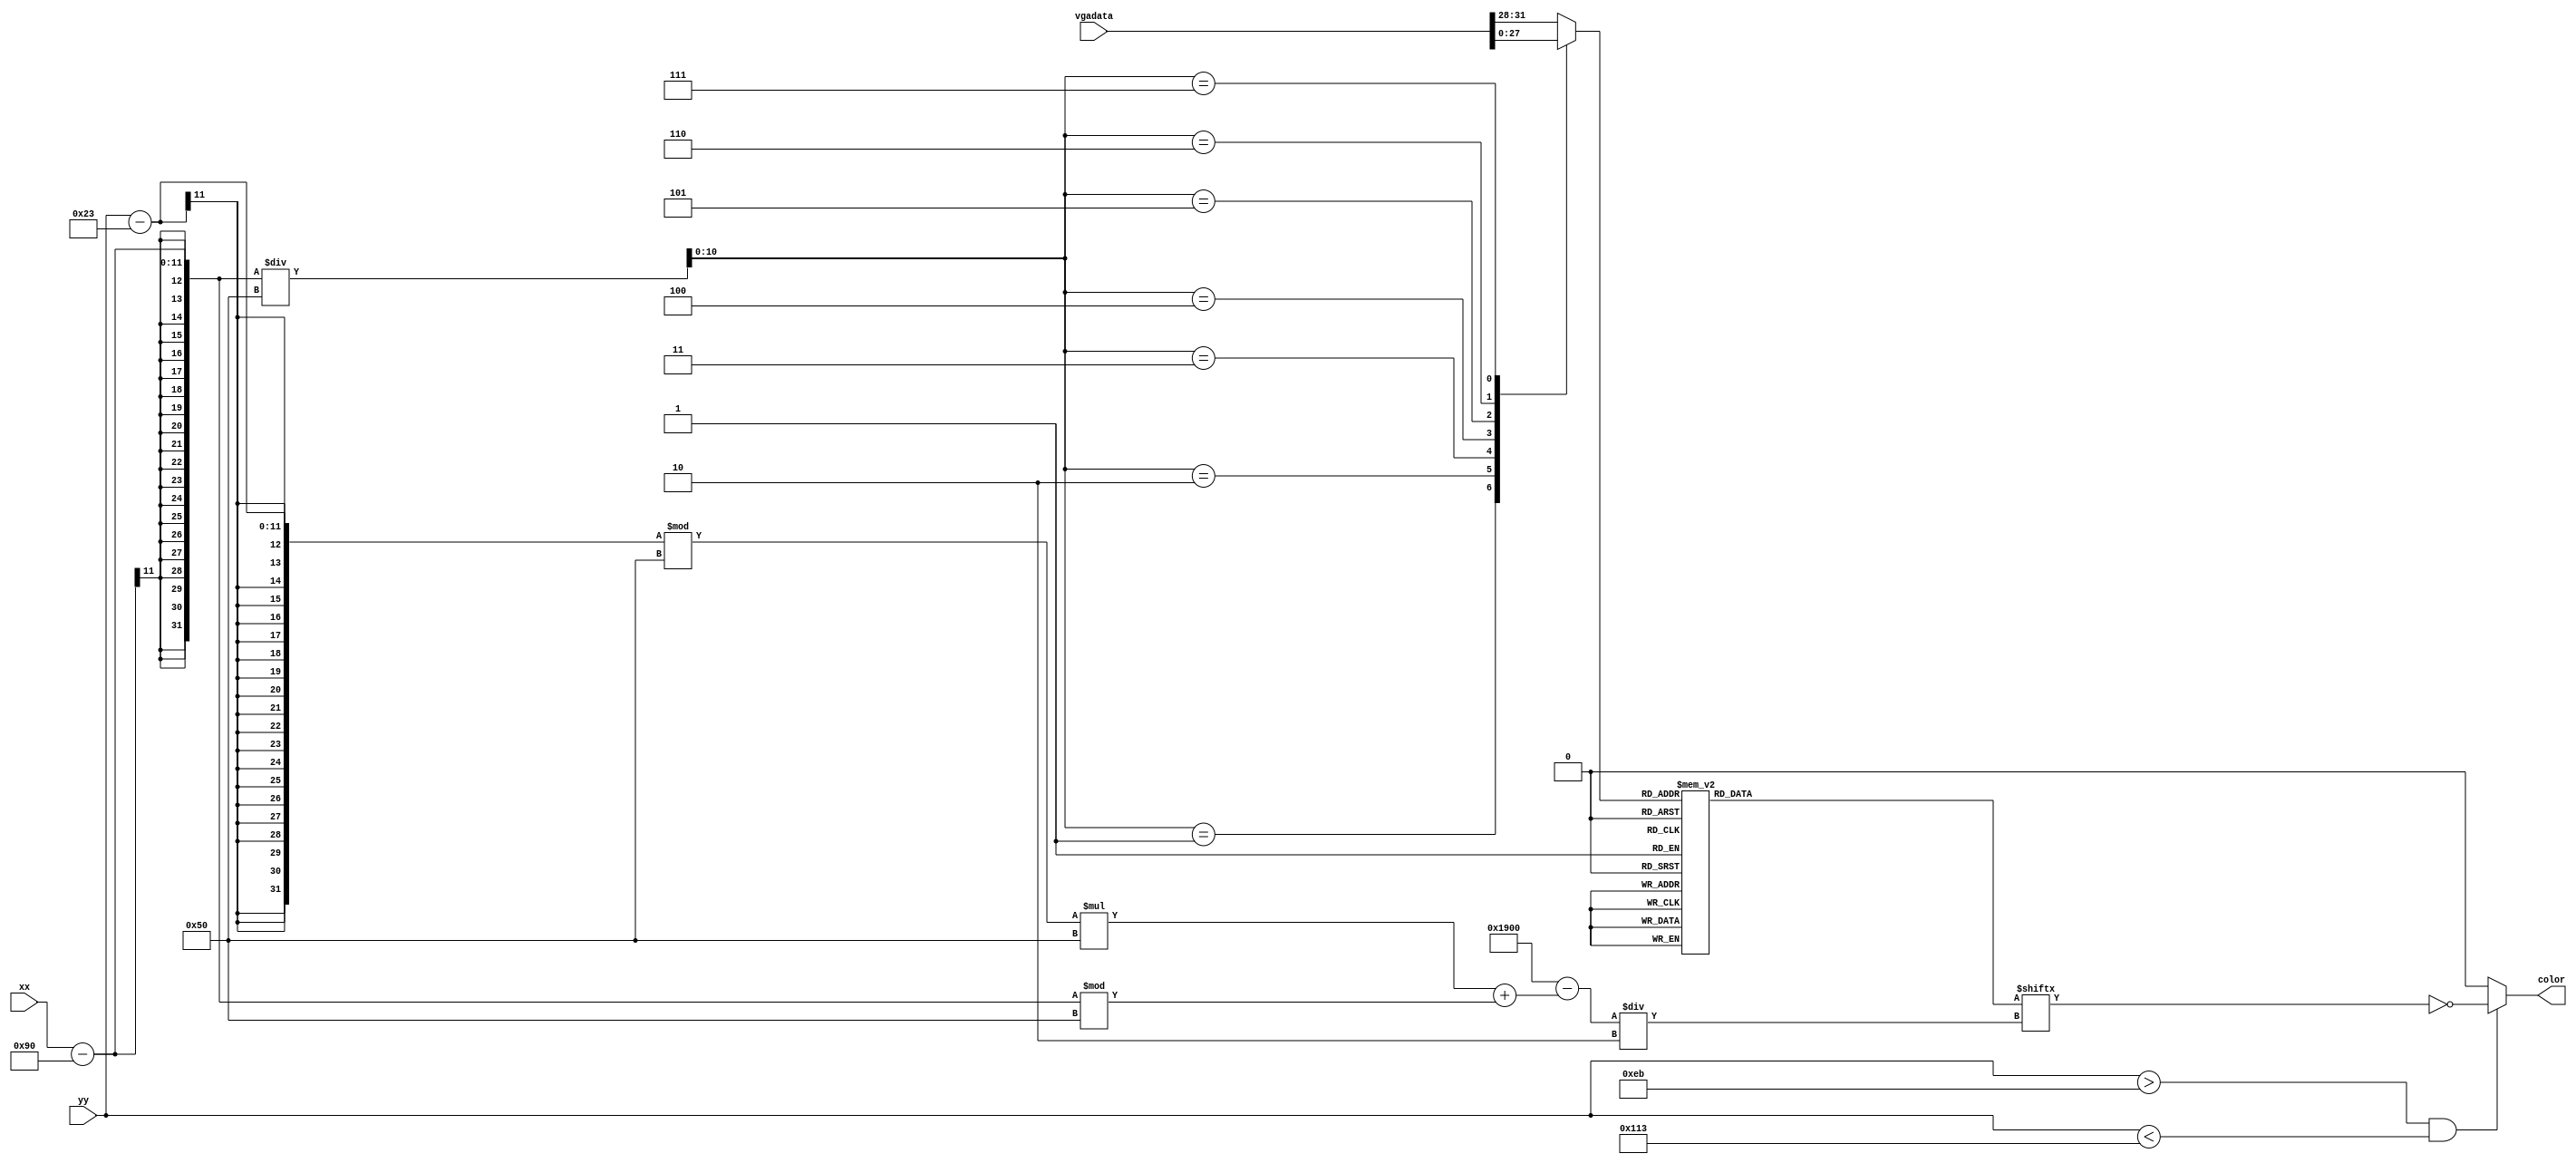
`timescale 1ns / 1ps
//////////////////////////////////////////////////////////////////////////////////
// Company: 
// Engineer: 
// 
// Design Name: 
// Module Name: number_control
// Project Name: 
// Target Devices: 
// Tool Versions: 
// Description: 
// 
// Dependencies: 
// 
// Revision:
// Revision 0.01 - File Created
// Additional Comments:
// 
//////////////////////////////////////////////////////////////////////////////////


module number_control(
input [10:0] xx,
input [10:0] yy,
input [31:0] vgadata,
output reg color
    );
    
    reg [3:0] nndd;
    wire [10:0] num=(xx-144)/80;

    
    reg [1599:0] color_data [0:15];
    initial
        color_data[0]=1600'b1111111111111111111111111111111111111111111111111111111110000000000011111111111111111111111111100000000000000011111111111111111111111100000000000000000111111111111111111111100000000000000000001111111111111111111100000000001000000000011111111111111111110000000111111100000001111111111111111110000000111111111000000011111111111111111000000111111111110000001111111111111111000000111111111111100000011111111111111100000011111111111110000001111111111111110000011111111111111000000111111111111110000001111111111111110000011111111111111000000111111111111111000000111111111111100000011111111111111100000011111111111110000001111111111111110000001111111111111000001111111111111111000000111111111111100000111111111111111100000011111111111110000011111111111111110000001111111111111000001111111111111111100000111111111111100000111111111111111110000011111111111110000011111111111111111000001111111111111000001111111111111111000000111111111111100000111111111111111100000011111111111110000011111111111111110000001111111111111000000111111111111111000000111111111111100000011111111111111100000011111111111110000001111111111111110000001111111111111000000111111111111111000000111111111111100000011111111111111000000111111111111111000000111111111111100000011111111111111100000011111111111110000001111111111111110000000111111111110000001111111111111111100000011111111110000000111111111111111110000000111111110000000111111111111111111100000000111100000000011111111111111111111000000000000000000011111111111111111111110000000000000000011111111111111111111111100000000000000011111111111111111111111111100000000000111111111111;
    initial   
        color_data[1]=1600'b1111111111111111111111111111111111111111111111111111111111111111111110000111111111111111111111111111111111110000011111111111111111111111111111111111000001111111111111111111111111111111111100000111111111111111111111111111111111100000011111111111111111111111111111111100000001111111111111111111111111111111000000000111111111111111111111111111000000000000011111111111111111111111110000000000000001111111111111111111111111000000000000000111111111111111111111111100000000000000011111111111111111111111110000000000000001111111111111111111111111111111111100000111111111111111111111111111111111110000011111111111111111111111111111111111000001111111111111111111111111111111111100000111111111111111111111111111111111110000011111111111111111111111111111111111000001111111111111111111111111111111111100000111111111111111111111111111111111110000011111111111111111111111111111111111000001111111111111111111111111111111111100000111111111111111111111111111111111110000011111111111111111111111111111111111000001111111111111111111111111111111111100000111111111111111111111111111111111110000011111111111111111111111111111111111000001111111111111111111111111111111111100000111111111111111111111111111111111110000011111111111111111111111111111111111000001111111111111111111111111111111111100000111111111111111111111111111111111110000011111111111111111111111111111111111000001111111111111111111111111111111111100000111111111111111111111111111111111110000011111111111111111111111111111111111000001111111111111111111111111111111111100000111111111111111111111111111111111110000011111111111111111111111111111111111000001111111;
    initial
        color_data[3]=1600'b1111111111111111111111111111111111111111111111111111111110000000000001111111111111111111111111000000000000000001111111111111111111111000000000000000000011111111111111111111000000000000000000000111111111111111111000000000011000000000011111111111111111100000001111111110000000111111111111111100000001111111111100000011111111111111110000001111111111110000001111111111111111000000111111111111100000111111111111111100000111111111111110000011111111111111110000011111111111111000001111111111111111000001111111111111100000111111111111111111111111111111111100000011111111111111111111111111111111110000001111111111111111111111111111111110000001111111111111111111111111111110000000000111111111111111111111111110000000000000111111111111111111111111111000000000000111111111111111111111111111100000000000000111111111111111111111111110000000000000001111111111111111111111111111111000000000011111111111111111111111111111111100000001111111111111111111111111111111111000000011111111111111111111111111111111110000001111111111111111111111111111111111000000111111111111111111111111111111111100000011111111111110000011111111111111110000001111111111111000001111111111111111100000111111111111100000111111111111111100000011111111111110000001111111111111110000001111111111111000000111111111111111000000111111111111100000011111111111111000000011111111111110000000111111111111000000011111111111111100000001111111111000000001111111111111110000000000111110000000001111111111111111100000000000000000000001111111111111111111000000000000000000001111111111111111111110000000000000000001111111111111111111111110000000000000011111111111;    
    initial
        color_data[2]=1600'b1111111111111111111111111111111111111111111111111111111110000000000011111111111111111111111111100000000000000001111111111111111111111100000000000000000011111111111111111111100000000000000000000111111111111111111100000000000000000000001111111111111111110000000000110000000000011111111111111110000000011111111000000001111111111111111000000111111111111000000011111111111111000000011111111111100000001111111111111100000011111111111111000000011111111111110000001111111111111100000001111111111111000000111111111111110000000111111111111100000011111111111111000000011111111111110000011111111111111100000001111111111111000001111111111111110000000111111111111111111111111111111111000000111111111111111111111111111111111000000011111111111111111111111111111111000000001111111111111111111111111111111000000001111111111111111111111111111111000000001111111111111111111111111111110000000001111111111111111111111111111100000000001111111111111111111111111111000000000001111111111111111111111111111000000000011111111111111111111111111110000000000011111111111111111111111111100000000000111111111111111111111111111100000000001111111111111111111111111111100000000011111111111111111111111111111100000000111111111111111111111111111111110000000111111111111111111111111111111110000000111111111111111111111111111111110000000111111111111111111111111111111111000000111111111111111111111111111111111100000111111111111111111111111111111111100000011111111111111111111111111111111110000000000000000000000000001111111111111000000000000000000000000000111111111111100000000000000000000000000011111111111110000000000000000000000000001111;
    initial
        color_data[4]=1600'b1111111111111111111111111111111111111111111111111111111111111111100000111111111111111111111111111111111100000011111111111111111111111111111111100000001111111111111111111111111111111110000000111111111111111111111111111111110000000011111111111111111111111111111110000000001111111111111111111111111111110000000000111111111111111111111111111111000000000011111111111111111111111111111000000000001111111111111111111111111111000000100000111111111111111111111111111000000110000011111111111111111111111111100000011000001111111111111111111111111100000011100000111111111111111111111111100000011110000011111111111111111111111100000001111000001111111111111111111111110000001111100000111111111111111111111110000001111110000011111111111111111111110000001111111000001111111111111111111110000000111111100000111111111111111111111000000111111110000011111111111111111111000000111111111000001111111111111111111000000011111111100000111111111111111111100000011111111110000011111111111111111100000011111111111000001111111111111111100000011111111111100000111111111111111110000001111111111110000011111111111111111000000000000000000000000000001111111111100000000000000000000000000000111111111110000000000000000000000000000011111111111000000000000000000000000000001111111111111111111111111111100000111111111111111111111111111111111110000011111111111111111111111111111111111000001111111111111111111111111111111111100000111111111111111111111111111111111110000011111111111111111111111111111111111000001111111111111111111111111111111111100000111111111111111111111111111111111110000011111111111111111111111111111111111000001111111111;
    initial
        color_data[5]=1600'b1111111111111111111111111111111111111111111111111111100000000000000000000001111111111111111110000000000000000000000111111111111111111000000000000000000000011111111111111111100000000000000000000001111111111111111110000000000000000000000111111111111111110000001111111111111111111111111111111111000000111111111111111111111111111111111100000111111111111111111111111111111111110000011111111111111111111111111111111111000001111111111111111111111111111111111100000111111111111111111111111111111111110000011111111111111111111111111111111111000001111111111111111111111111111111111000000110000000001111111111111111111111100000100000000000001111111111111111111110000000000000000000001111111111111111111000000000000000000000011111111111111111100000000000000000000000111111111111111110000000000010000000000001111111111111111000000011111111100000000011111111111111000000011111111111000000001111111111111100000011111111111110000000111111111111111111111111111111111100000001111111111111111111111111111111110000000111111111111111111111111111111111000000011111111111111111111111111111111100000001111111111111111111111111111111111000000111111111111111111111111111111111000000011111111111111111111111111111111100000001111111111110000001111111111111110000000111111111111000000111111111111111000000011111111111100000011111111111111000000011111111111110000000111111111111100000001111111111111100000001111111111100000001111111111111110000000011111111100000000111111111111111100000000001111000000000111111111111111111000000000000000000000111111111111111111110000000000000000000111111111111111111111100000000000000000111111111;    
    initial
        color_data[6]=1600'b1111111111111111111100000000001111111111111111111111111111000000000000001111111111111111111111110000000000000000011111111111111111111110000000000000000000111111111111111111110000000000110000000001111111111111111111000000011111110000000111111111111111111000000011111111110000001111111111111111100000011111111111000000111111111111111100000011111111111110000011111111111111110000001111111111111000001111111111111111000001111111111111100000011111111111111000000111111111111111111111111111111111100000011111111111111111111111111111111110000001111111111111111111111111111111111000000111111111111111111111111111111111100000111000000000001111111111111111111110000011000000000000001111111111111111111000000000000000000000011111111111111111100000000000000000000000111111111111111110000000000001100000000001111111111111111000000000111111110000000011111111111111100000001111111111110000001111111111111110000000111111111111000000011111111111111000000111111111111110000001111111111111100000011111111111111000000111111111111110000001111111111111100000011111111111111000000111111111111110000001111111111111100000011111111111111100000111111111111110000001111111111111100000011111111111111100000111111111111110000001111111111111110000011111111111111000000111111111111111000000111111111111100000111111111111111100000011111111111100000011111111111111111000000111111111100000001111111111111111100000000111111100000001111111111111111111000000000000000000001111111111111111111110000000000000000000111111111111111111111100000000000000001111111111111111111111111100000000000001111111111111111111111111111100000000111111111111;
    initial
        color_data[7]=1600'b1111111111111111111111111111111111111111111111111000000000000000000000000000011111111111100000000000000000000000000001111111111110000000000000000000000000000111111111111000000000000000000000000000011111111111100000000000000000000000000001111111111111111111111111111111110000000111111111111111111111111111111111000000111111111111111111111111111111111000000111111111111111111111111111111111000000111111111111111111111111111111111000000011111111111111111111111111111111100000011111111111111111111111111111111100000011111111111111111111111111111111100000001111111111111111111111111111111110000001111111111111111111111111111111110000001111111111111111111111111111111110000000111111111111111111111111111111111000000111111111111111111111111111111111000000011111111111111111111111111111111100000011111111111111111111111111111111100000001111111111111111111111111111111110000001111111111111111111111111111111110000000111111111111111111111111111111111000000111111111111111111111111111111111000000011111111111111111111111111111111100000011111111111111111111111111111111100000001111111111111111111111111111111110000001111111111111111111111111111111111000000111111111111111111111111111111111000000011111111111111111111111111111111100000011111111111111111111111111111111110000001111111111111111111111111111111110000000111111111111111111111111111111111000000111111111111111111111111111111111100000011111111111111111111111111111111110000001111111111111111111111111111111110000000111111111111111111111111111111111000000111111111111111111111111111111111100000011111111111111111111111111111111110000001111111111111111111;
    initial
        color_data[8]=1600'b1111111111111111111111111111111111111111111111111111111110000000000001111111111111111111111111100000000000000001111111111111111111111100000000000000000011111111111111111111100000000000000000000111111111111111111110000000001100000000001111111111111111110000000111111110000000111111111111111111000000111111111110000001111111111111111100000011111111111000000111111111111111110000011111111111110000011111111111111111000001111111111111000001111111111111111100000111111111111100000111111111111111110000011111111111110000011111111111111111000000111111111110000001111111111111111100000011111111111000000111111111111111110000000111111111000000111111111111111111100000000011100000000011111111111111111111000000000000000000011111111111111111111110000000000000000011111111111111111111111000000000000000001111111111111111111111000000000000000000011111111111111111110000000000000000000000111111111111111111000000000011000000000001111111111111111000000011111111110000000111111111111111000000011111111111100000001111111111111100000011111111111111000000111111111111110000001111111111111100000011111111111111000000111111111111111000001111111111111100000111111111111111100000111111111111110000001111111111111110000011111111111111000000111111111111111000001111111111111100000011111111111111000000111111111111110000001111111111111100000011111111111111000000011111111111100000001111111111111110000000111111111100000001111111111111111000000000011111000000000111111111111111110000000000000000000000111111111111111111100000000000000000000111111111111111111111100000000000000000111111111111111111111111100000000000001111111111;
     initial
        color_data[9]=1600'b1111111111111111111111111111111111111111111111111111111111000000000001111111111111111111111111100000000000000001111111111111111111111100000000000000000011111111111111111111100000000000000000000111111111111111111110000000000100000000001111111111111111110000000111111111000000011111111111111111000000111111111110000001111111111111111000000111111111111100000011111111111111100000011111111111110000001111111111111110000001111111111111000000111111111111111000001111111111111100000001111111111111100000111111111111111000000111111111111110000011111111111111100000011111111111111000001111111111111100000001111111111111100000111111111111110000000111111111111110000001111111111111000000011111111111111000000111111111111100000001111111111111100000011111111111110000000111111111111110000000111111111110000000011111111111111100000001111111110000000001111111111111110000000001111100000000000111111111111111100000000000000000000000011111111111111111000000000000000000000001111111111111111110000000000000001000000111111111111111111110000000000011100000011111111111111111111111111111111110000001111111111111111111111111111111111000000111111111111111111111111111111111000000111111111111111000001111111111111100000011111111111111100000011111111111110000001111111111111110000001111111111110000000111111111111111000000111111111110000000111111111111111110000001111111111000000011111111111111111000000011111110000000011111111111111111100000000011110000000011111111111111111111000000000000000000001111111111111111111110000000000000000001111111111111111111111100000000000000011111111111111111111111111100000000000111111111111;        
     initial
        color_data[10]=1600'b1111111111111111111111111111111111111111111111111111111110000000011111111111111111111111111111111000000001111111111111111111111111111111100000000111111111111111111111111111111100000000001111111111111111111111111111110000000000111111111111111111111111111110000000000001111111111111111111111111111000000000000111111111111111111111111111100000000000011111111111111111111111111100000010000000111111111111111111111111110000001000000011111111111111111111111111000001110000001111111111111111111111111000000111000000011111111111111111111111100000011100000001111111111111111111111100000011111000000111111111111111111111110000001111100000001111111111111111111111000000111110000000111111111111111111111000000111111100000001111111111111111111100000011111110000000111111111111111111110000001111111000000011111111111111111110000001111111110000000111111111111111111000000111111111000000011111111111111111000000011111111100000001111111111111111100000011111111111000000011111111111111110000001111111111100000001111111111111110000000000000000000000000111111111111111000000000000000000000000001111111111111100000000000000000000000000111111111111100000000000000000000000000011111111111110000000000000000000000000000111111111110000000111111111111111000000011111111111000000111111111111111110000000111111111100000011111111111111111000000011111111100000001111111111111111100000001111111110000001111111111111111111000000011111110000000111111111111111111100000001111111000000011111111111111111111000000111111100000011111111111111111111100000001111100000001111111111111111111110000000111110000001111111111111111111111100000011;       
     initial
        color_data[11]=1600'b1111111110000000000000000000000001111111111111111000000000000000000000000001111111111111100000000000000000000000000011111111111110000000000000000000000000000111111111111000000111111111111000000000011111111111100000011111111111111100000000111111111110000001111111111111111000000011111111111000000111111111111111110000001111111111100000011111111111111111000000111111111110000001111111111111111110000011111111111000000111111111111111111000001111111111100000011111111111111111000000111111111110000001111111111111111100000011111111111000000111111111111111110000001111111111100000011111111111111110000000111111111110000001111111111111110000000111111111111000000111111111110000000000111111111111100000000000000000000000000011111111111110000000000000000000000000111111111111111000000000000000000000000000111111111111100000000000000000000000000000111111111110000000000000000000000000000001111111111000000111111111111000000000000011111111100000011111111111111110000000001111111110000001111111111111111110000000111111111000000111111111111111111100000011111111100000011111111111111111110000001111111110000001111111111111111111000000111111111000000111111111111111111110000011111111100000011111111111111111111000001111111110000001111111111111111111000000111111111000000111111111111111111100000011111111100000011111111111111111110000001111111110000001111111111111111110000000111111111000000111111111111111110000000011111111100000011111111111110000000000001111111110000000000000000000000000000001111111111000000000000000000000000000001111111111100000000000000000000000000001111111111110000000000000000000000000001111;
     initial        
        color_data[12]=1600'b1111111111111111111111111111111111111111111111111111111111000000000000011111111111111111111111100000000000000000001111111111111111111000000000000000000000011111111111111111000000000000000000000000011111111111111000000000000010000000000000111111111111000000000111111111110000000011111111111100000001111111111111110000000111111111100000001111111111111111100000011111111110000001111111111111111110000000111111110000000111111111111111111100000011111111000000111111111111111111110000001111111100000011111111111111111111100000111111100000011111111111111111111111111111111110000001111111111111111111111111111111111000000111111111111111111111111111111111100000011111111111111111111111111111111110000001111111111111111111111111111111111000000111111111111111111111111111111111100000111111111111111111111111111111111110000011111111111111111111111111111111111000001111111111111111111111111111111111100000011111111111111111111111111111111110000001111111111111111111111111111111111000000111111111111111111111111111111111100000011111111111111111111110000011111110000001111111111111111111111000001111111000000111111111111111111111100000111111100000001111111111111111111100000011111111000000111111111111111111110000001111111100000001111111111111111111000000111111110000000111111111111111111000000111111111100000001111111111111111000000011111111110000000011111111111111000000011111111111100000000011111111111000000001111111111111000000000011111110000000001111111111111110000000000000000000000001111111111111111100000000000000000000011111111111111111111100000000000000000011111111111111111111111100000000000001111111111;
     initial        
        color_data[13]=1600'b1111111100000000000000000000000111111111111111110000000000000000000000000111111111111111000000000000000000000000000111111111111100000000000000000000000000001111111111110000001111111111110000000000011111111111000000111111111111111000000000111111111100000011111111111111111000000001111111110000001111111111111111110000000111111111000000111111111111111111100000001111111100000011111111111111111110000000111111110000001111111111111111111100000011111111000000111111111111111111110000001111111100000011111111111111111111100000111111110000001111111111111111111110000011111111000000111111111111111111111000001111111100000011111111111111111111100000111111110000001111111111111111111110000011111111000000111111111111111111111100001111111100000011111111111111111111110000111111110000001111111111111111111111000011111111000000111111111111111111111100001111111100000011111111111111111111110000111111110000001111111111111111111111000011111111000000111111111111111111111000001111111100000011111111111111111111100000111111110000001111111111111111111110000011111111000000111111111111111111111000001111111100000011111111111111111111100000111111110000001111111111111111111100000011111111000000111111111111111111110000001111111100000011111111111111111111000000111111110000001111111111111111111000000011111111000000111111111111111111000000011111111100000011111111111111111000000001111111110000001111111111111111000000001111111111000000111111111110000000000000111111111100000000000000000000000000000111111111110000000000000000000000000000111111111111000000000000000000000000000111111111111100000000000000000000000001111111;
     initial        
        color_data[14]=1600'b1111111111111111111111111111111111111111111111111110000000000000000000000000000011111111111000000000000000000000000000001111111111100000000000000000000000000000111111111110000000000000000000000000000011111111111000000000000000000000000000001111111111100000111111111111111111111111111111111110000011111111111111111111111111111111111000001111111111111111111111111111111111100000111111111111111111111111111111111110000011111111111111111111111111111111111000001111111111111111111111111111111111100000111111111111111111111111111111111110000011111111111111111111111111111111111000001111111111111111111111111111111111100000111111111111111111111111111111111110000011111111111111111111111111111111111000001111111111111111111111111111111111100000000000000000000000000001111111111110000000000000000000000000000111111111111000000000000000000000000000011111111111100000000000000000000000000001111111111110000000000000000000000000000111111111111000001111111111111111111111111111111111100000111111111111111111111111111111111110000011111111111111111111111111111111111000001111111111111111111111111111111111100000111111111111111111111111111111111110000011111111111111111111111111111111111000001111111111111111111111111111111111100000111111111111111111111111111111111110000011111111111111111111111111111111111000001111111111111111111111111111111111100000111111111111111111111111111111111110000011111111111111111111111111111111111000001111111111111111111111111111111111100000000000000000000000000000111111111110000000000000000000000000000011111111111000000000000000000000000000001111111111100000000000000000000000000000;
     initial        
        color_data[15]=1600'b1111111111111111111111111111111111111111111111111111000000000000000000000000000011111111111100000000000000000000000000001111111111110000000000000000000000000000111111111111000000000000000000000000000011111111111100000000000000000000000000001111111111110000011111111111111111111111111111111111000001111111111111111111111111111111111100000111111111111111111111111111111111110000011111111111111111111111111111111111000001111111111111111111111111111111111100000111111111111111111111111111111111110000011111111111111111111111111111111111000001111111111111111111111111111111111100000111111111111111111111111111111111110000011111111111111111111111111111111111000001111111111111111111111111111111111100000111111111111111111111111111111111110000000000000000000000000111111111111111000000000000000000000000011111111111111100000000000000000000000001111111111111110000000000000000000000000111111111111111000000000000000000000000011111111111111100000111111111111111111111111111111111110000011111111111111111111111111111111111000001111111111111111111111111111111111100000111111111111111111111111111111111110000011111111111111111111111111111111111000001111111111111111111111111111111111100000111111111111111111111111111111111110000011111111111111111111111111111111111000001111111111111111111111111111111111100000111111111111111111111111111111111110000011111111111111111111111111111111111000001111111111111111111111111111111111100000111111111111111111111111111111111110000011111111111111111111111111111111111000001111111111111111111111111111111111100000111111111111111111111111111111111110000011111111111111111111111;             
        
        
          
    always @(xx or yy)
    begin
     case(num)
           10'd0:nndd<={vgadata[31:28]};
           10'd1:nndd<={vgadata[27:24]};
           10'd2:nndd<={vgadata[23:20]};
           10'd3:nndd<={vgadata[19:16]};
           10'd4:nndd<={vgadata[15:12]};
           10'd5:nndd<={vgadata[11:8]};
           10'd6:nndd<={vgadata[7:4]};
           10'd7:nndd<={vgadata[3:0]};
           default: nndd<={vgadata[31:28]};
           endcase
     if(yy>2+33+200&&yy<2+33+240)
        color<=~color_data[nndd][(6400-((yy-35)%80*80+(xx-144)%80))/2];
     else
        color<=0;
    end
    
endmodule